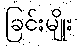
ခြင်းမျိုး